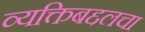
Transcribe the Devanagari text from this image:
व्यक्तिबद्दलचा